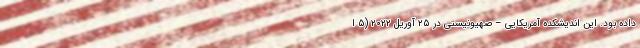
داده بود. این اندیشکده آمریکایی – صهیونیستی در ۲۵ آوریل ۲۰۲۲ (۵ ا